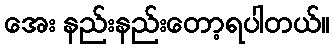
အေး နည်းနည်းတော့ရပါတယ်။